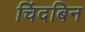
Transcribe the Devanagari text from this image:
चिंदबिन